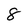
Character: 8